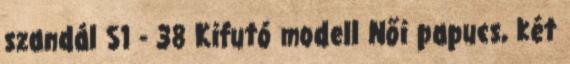
szandál S1 - 38 Kifutó modell Női papucs, két